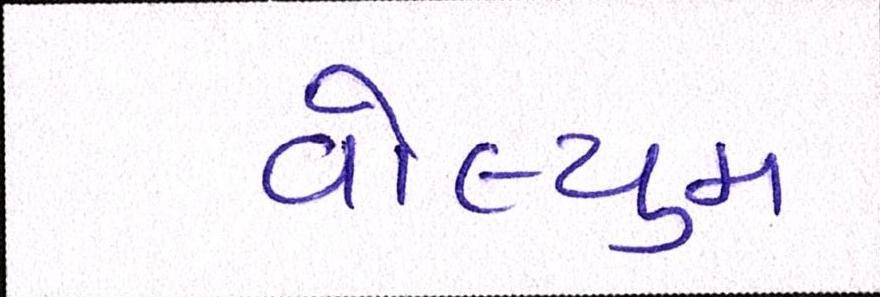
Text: વોલ્યુમ